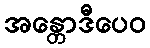
အန္တောဒီပေဝ